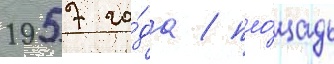
1957 го́да / пло́щадь